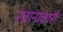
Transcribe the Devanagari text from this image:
रचानाकारों